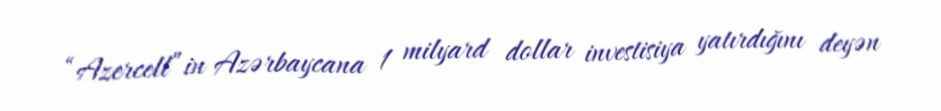
“Azercell”in Azərbaycana 1 milyard dollar investisiya yatırdığını deyən